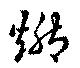
燃